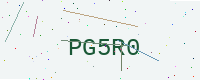
Text: PG5R0